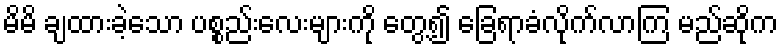
မိမိ ချထားခဲ့သော ပစ္စည်းလေးများကို တွေ့၍ ခြေရာခံလိုက်လာကြ မည်ဆိုက